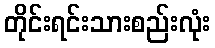
တိုင်းရင်းသားစည်းလုံး